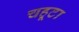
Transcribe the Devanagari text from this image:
चहूटा